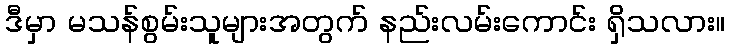
ဒီမှာ မသန်စွမ်းသူများအတွက် နည်းလမ်းကောင်း ရှိသလား။